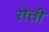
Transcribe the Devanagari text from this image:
रोत्ती